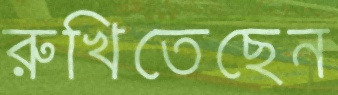
রুখিতেছেন